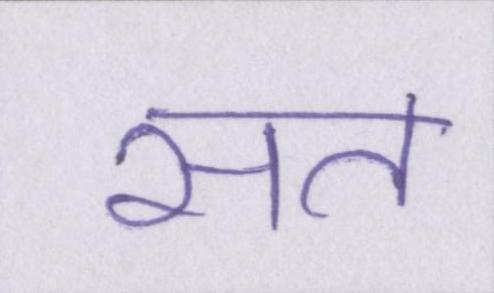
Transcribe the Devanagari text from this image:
सत